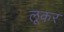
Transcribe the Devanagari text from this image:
लूकर